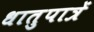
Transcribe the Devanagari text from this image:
धातुपात्रें